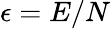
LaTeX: \epsilon=E/N